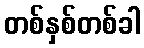
တစ်နှစ်တစ်ခါ